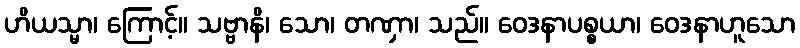
ဟိယသ္မာ၊ ကြောင့်။ သဗ္ဗာနိ၊ သော၊ တဏှာ၊ သည်။ ဝေဒနာပစ္စယာ၊ ဝေဒနာဟူသော